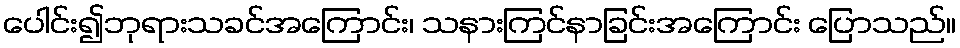
ပေါင်း၍ဘုရားသခင်အကြောင်း၊ သနားကြင်နာခြင်းအကြောင်း ပြောသည်။